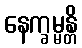
နေက္ခမ္မန္တိ